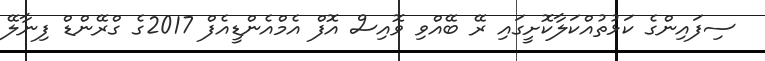
ސިފައިންގެ ކަޅުތުއްކަލާކޮށީގައި ރޭ ބޭއްވި ވޮއިސް އޮފް އެމްއެންޑީއެފް 2017ގެ ގްރޭންޑް ފިނާލޭ